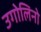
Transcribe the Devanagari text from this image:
उगोलिनो